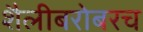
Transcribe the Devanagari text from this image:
शैलीबरोबरच